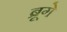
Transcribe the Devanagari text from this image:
ब्रूगे